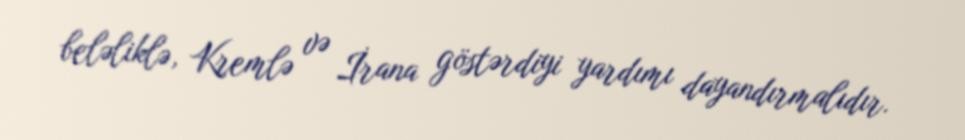
beləliklə, Kremlə və İrana göstərdiyi yardımı dayandırmalıdır.